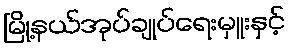
မြို့နယ်အုပ်ချုပ်ရေးမှူးနှင့်